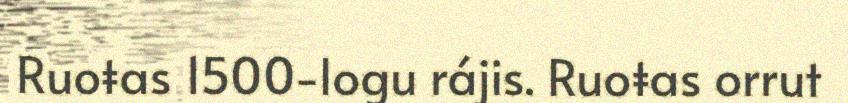
Ruoŧas 1500-logu rájis. Ruoŧas orrut